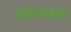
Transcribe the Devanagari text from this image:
आईनामहल